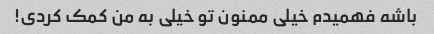
باشه فهمیدم خیلی ممنون تو خیلی به من کمک کردی!